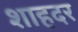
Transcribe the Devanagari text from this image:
शाहदर